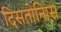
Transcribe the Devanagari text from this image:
दिसतोनिास